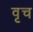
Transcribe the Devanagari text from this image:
वृच